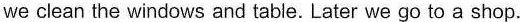
we clean the windows and table. Later wego to a shop.